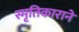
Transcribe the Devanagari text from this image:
स्मृतिकाराने